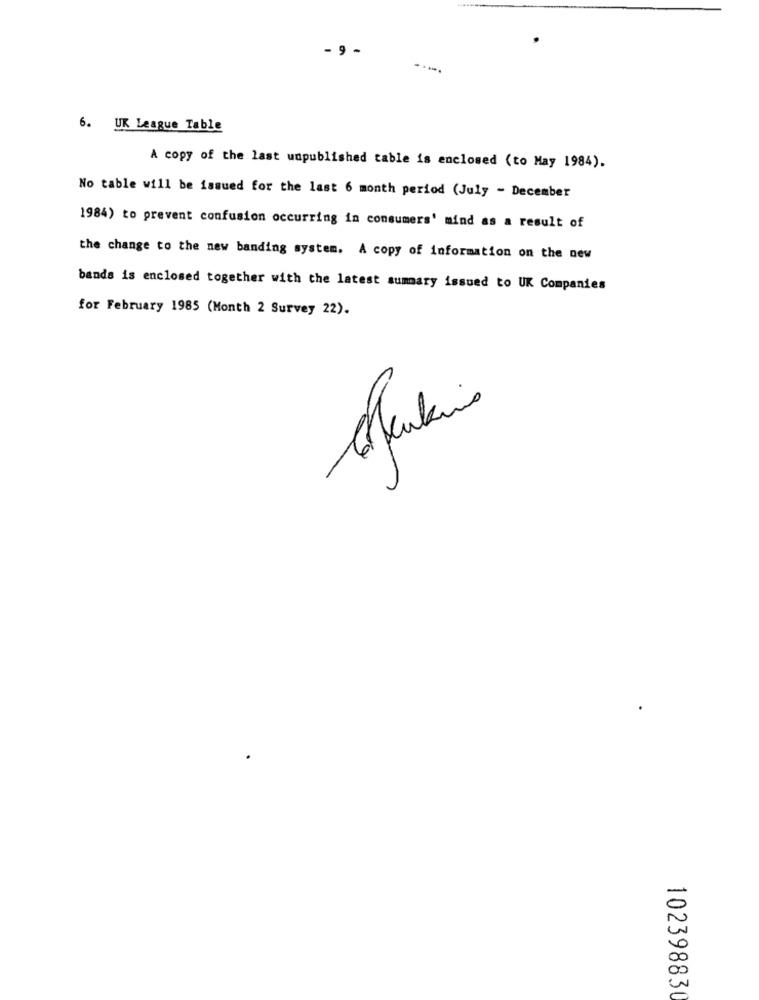
- 9 -
.....
6. UK League Table
A copy of the last unpublished table is enclosed (to May 1984).
No table will be issued for the last 6 month period (July - December
1984) to prevent confusion occurring in consumers' mind as a result of
the change to the new banding system. A copy of information on the new
bands is enclosed together with the latest summary issued to UK Companies
for February 1985 (Month 2 Survey 22).
10239883